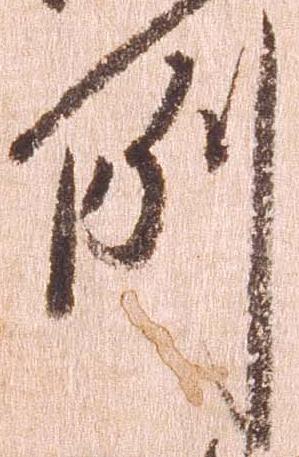
例